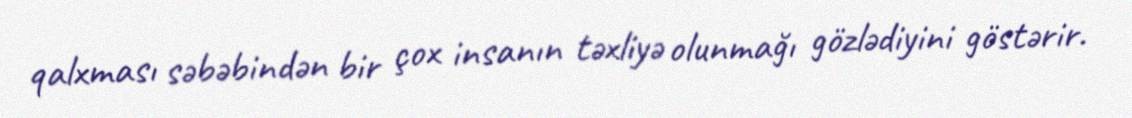
qalxması səbəbindən bir çox insanın təxliyə olunmağı gözlədiyini göstərir.